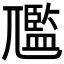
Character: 尶